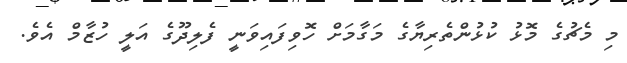
މި މެޗުގެ މޮޅު ކުޅުންތެރިޔާގެ މަގާމަށް ހޮވިފައިވަނީ ފެލިދޫގެ އަލީ ހުޒާމް އެވެ.